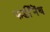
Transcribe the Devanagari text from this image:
फर्डीनेंथ